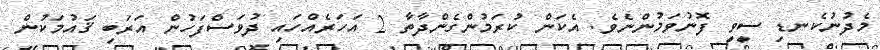
މެދުނުކެނޑި ސީވީ ފޮނުވަމުންނެވެ. އެކަން ކުރަމުންގެންދާތާ 2 އަހަރެއްހައި ދުވަސްފަހުން އަރަބި ޤައުމަކުން